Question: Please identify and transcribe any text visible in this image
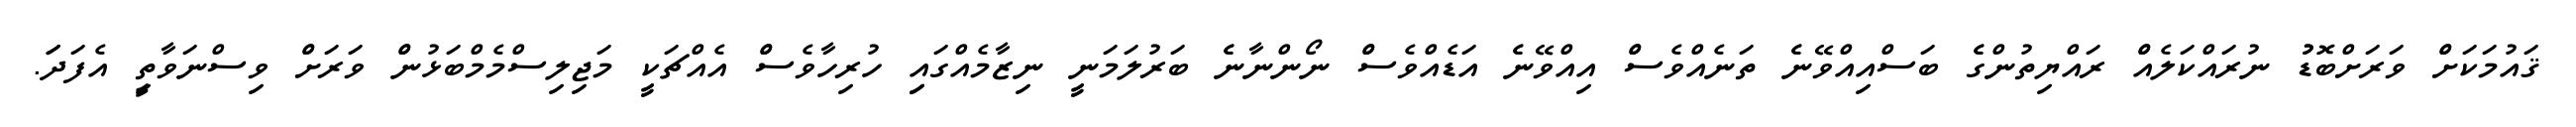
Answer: ޤައުމަކަށްް ވަރަށްބޮޑުު ނުރައްކަލެއްް ރައްޔިތުންގެެ ބަސްއިއްވޭނެެ ތަނެއްވެސްް އިއްވޭނެެ އަޑެއްވެސްް ނޯންނާނެެ ބަރުލަމަނީީ ނިޒާމެއްގައިި ހުރިހާވެސްް އެއްޗަކީީ މަޖިލިސްމެމްބަޅުންް ވަރަށްް ވިސްނަވާތިީ އެފަދަަ.